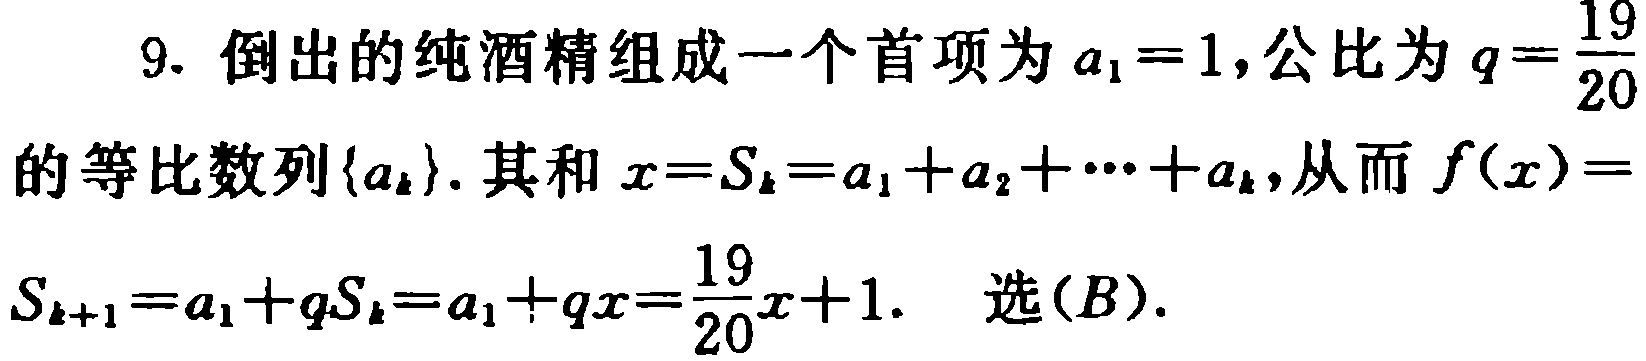
9. 倒出的纯酒精组成一个首项为\(a_{1}=1\),公比为\(q = \frac{19}{20}\)的等比数列\(\{a_{k}\}\). 其和\(x = S_{k}=a_{1}+a_{2}+\cdots +a_{k}\), 从而\(f(x)=S_{k + 1}=a_{1}+qS_{k}=a_{1}+qx=\frac{19}{20}x + 1\). 选\((B)\).